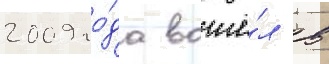
2009 го́да вошё́л в